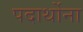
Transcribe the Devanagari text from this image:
पदार्थोना